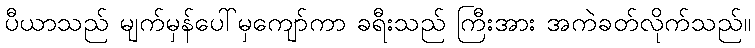
ပီယာသည် မျက်မှန်ပေါ်မှကျော်ကာ ခရီးသည် ကြီးအား အကဲခတ်လိုက်သည်။